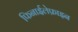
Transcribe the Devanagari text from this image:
फिनाईलेफ्राइन